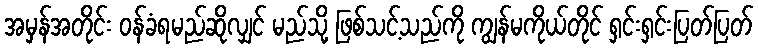
အမှန်အတိုင်း ဝန်ခံရမည်ဆိုလျှင် မည်သို့ ဖြစ်သင့်သည်ကို ကျွန်မကိုယ်တိုင် ရှင်းရှင်းပြတ်ပြတ်